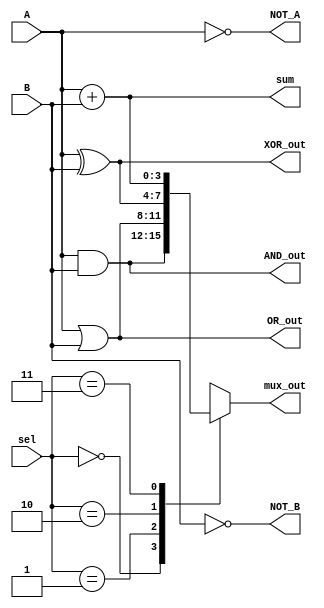
module combinational_logic_block (
    input  wire [3:0] A,        // 4-bit input A
    input  wire [3:0] B,        // 4-bit input B
    input  wire [1:0] sel,      // Multiplexer select signal
    output wire [3:0] AND_out,  // AND output
    output wire [3:0] OR_out,   // OR output
    output wire [3:0] NOT_A,    // NOT A output
    output wire [3:0] NOT_B,    // NOT B output
    output wire [3:0] XOR_out,   // XOR output
    output wire [3:0] sum,       // Sum output from adder
    output wire [3:0] mux_out     // Multiplexer output
);

// AND logic
assign AND_out = A & B;

// OR logic
assign OR_out = A | B;

// NOT logic
assign NOT_A = ~A;
assign NOT_B = ~B;

// XOR logic
assign XOR_out = A ^ B;

// 4-bit Ripple Carry Adder
assign sum = A + B;

// 2-to-4 Multiplexer
always @(*) begin
    case (sel)
        2'b00: mux_out = AND_out;   // Select AND output
        2'b01: mux_out = OR_out;    // Select OR output
        2'b10: mux_out = XOR_out;   // Select XOR output
        2'b11: mux_out = sum;       // Select sum output
        default: mux_out = 4'b0000; // Default case
    endcase
end

endmodule